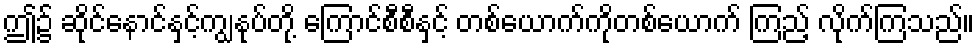
ဤ၌ ဆိုင်နောင်နှင့်ကျွနုပ်တို့ ကြောင်စီစီနှင့် တစ်ယောက်ကိုတစ်ယောက် ကြည့် လိုက်ကြသည်။